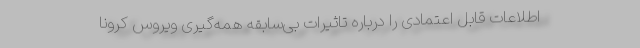
اطلاعات قابل اعتمادی را درباره تاثیرات بی‌سابقه همه‌گیری ویروس کرونا